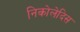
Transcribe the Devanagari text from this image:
निकोलेदिस